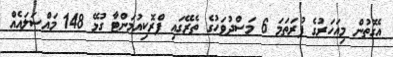
އެގޮތުން މިއަހަރުގެ ފުރަތަމަ 6 މަސްދުވަހުގެ ތެރޭގައި ޕްރޮކިއުމަންޓާ ގުޅޭ 148 މައްސަލައެއް